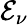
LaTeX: \mathcal{E}_{\nu}